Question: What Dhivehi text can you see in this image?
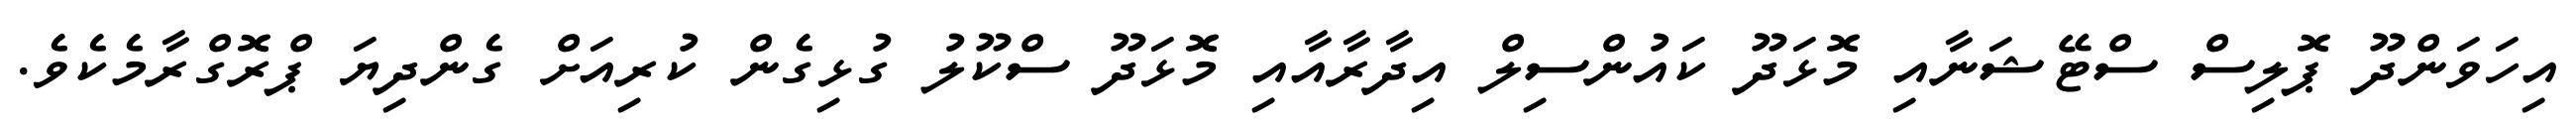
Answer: އިހަވަންދޫ ޕޮލިސް ސްޓޭޝަނާއި މޮޅަދޫ ކައުންސިލް އިދާރާއާއި މޮޅަދޫ ސްކޫލު ގުޅިގެން ކުރިއަށް ގެންދިޔަ ޕްރޮގްރާމެކެވެ.